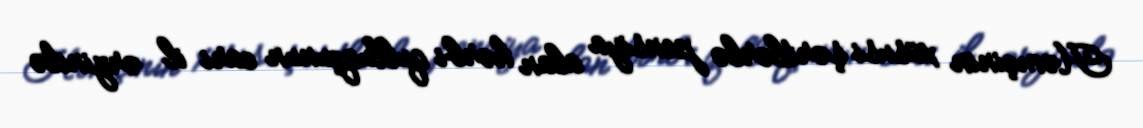
Həmçinin xüsusi şərtlərlə pensiya alan hərbi qulluqçunun cari il ərzində